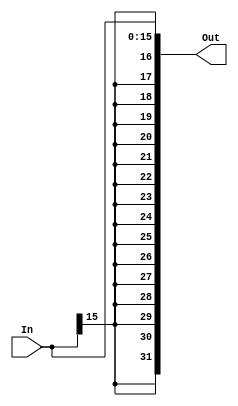
module SignExtension(
  In, 
  Out
);

/////////////////////////////////////////
// INPUT/OUTPUT DEFINITIONS GO HERE
////////////////////////////////////
//
input signed [15:0] In; 
output signed [31:0] Out;

/////////////////////////////////////////
// ASSIGN STATEMENTS GO HERE
////////////////////////////////////
//
assign Out = In;
//assign Out = {16{In[15]}, In};

endmodule // module SignExtension